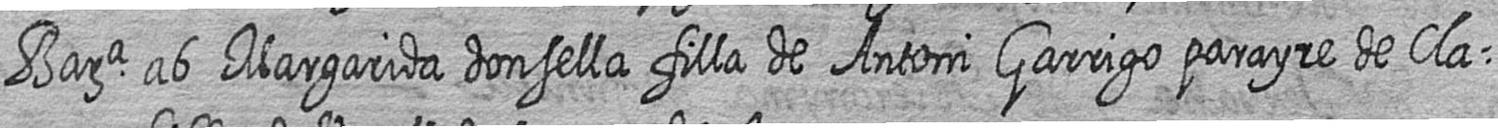
Bara ab Margarida donsella filla de Antoni Garrigo parayre de Cla=